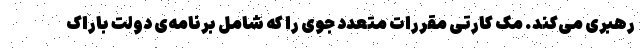
رهبری می‌کند. مک کارتی مقررات متعدد جوی را که شامل برنامه‌ی دولت باراک